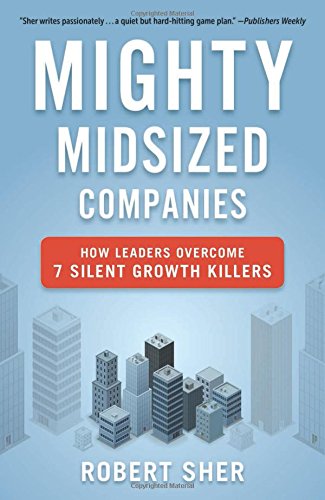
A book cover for Mighty Midsized Companies: How Leaders Overcome 7 Silent Growth Killers; Robert Sher; Business & Money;